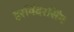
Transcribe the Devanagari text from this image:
हरविंदरसिंग